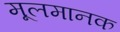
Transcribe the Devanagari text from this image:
मूलमानक